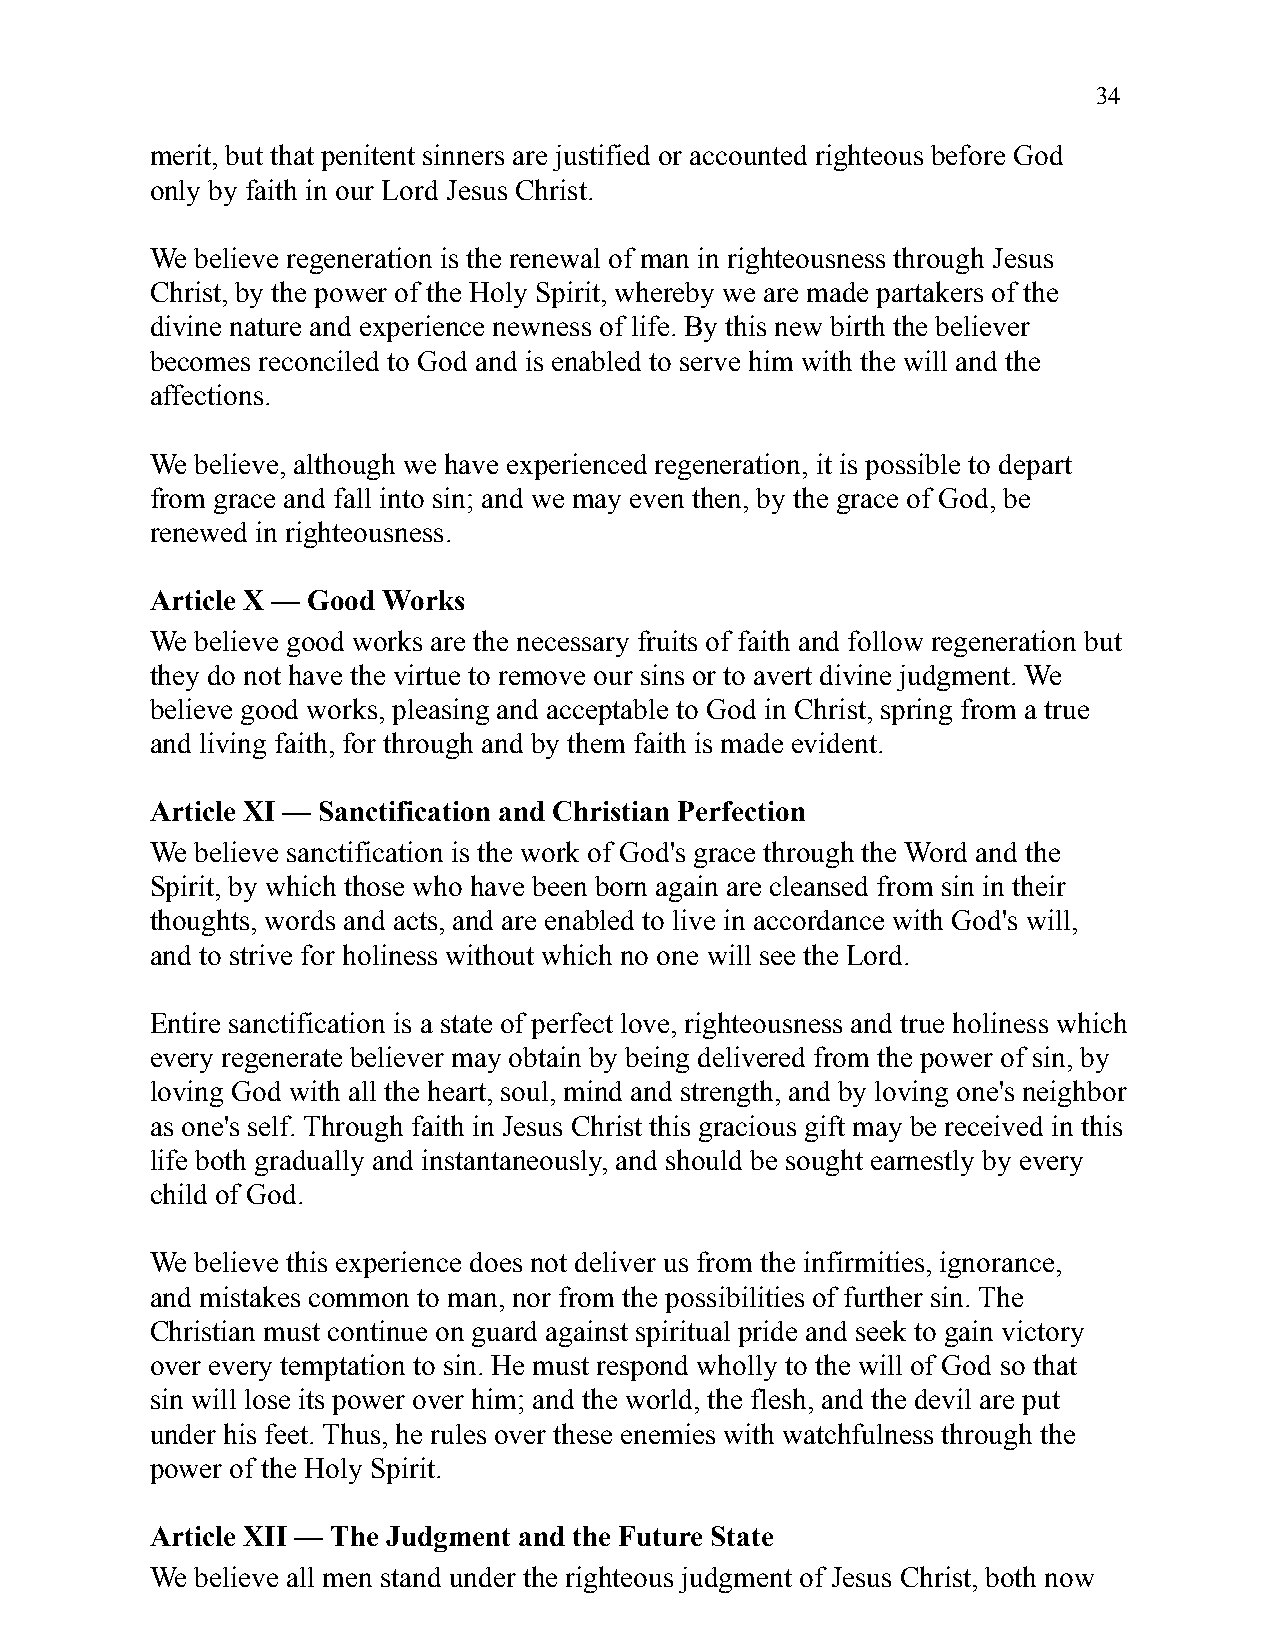
34
 merit, but that penitent sinners are justified or accounted righteous before God
 only by faith in our Lord Jesus Christ.
 We believe regeneration is the renewal of man in righteousness through Jesus
 Christ, by the power of the Holy Spirit, whereby we are made partakers of the
 divine nature and experience newness of life. By this new birth the believer
 becomes reconciled to God and is enabled to serve him with the will and the
 affections.
 We believe, although we have experienced regeneration, it is possible to depart
 from grace and fall into sin; and we may even then, by the grace of God, be
 renewed in righteousness.
 Article X — Good Works
 We believe good works are the necessary fruits of faith and follow regeneration but
 they do not have the virtue to remove our sins or to avert divine judgment. We
 believe good works, pleasing and acceptable to God in Christ, spring from a true
 and living faith, for through and by them faith is made evident.
 Article XI — Sanctification and Christian Perfection
 We believe sanctification is the work of God's grace through the Word and the
 Spirit, by which those who have been born again are cleansed from sin in their
 thoughts, words and acts, and are enabled to live in accordance with God's will,
 and to strive for holiness without which no one will see the Lord.
 Entire sanctification is a state of perfect love, righteousness and true holiness which
 every regenerate believer may obtain by being delivered from the power of sin, by
 loving God with all the heart, soul, mind and strength, and by loving one's neighbor
 as one's self. Through faith in Jesus Christ this gracious gift may be received in this
 life both gradually and instantaneously, and should be sought earnestly by every
 child of God.
 We believe this experience does not deliver us from the infirmities, ignorance,
 and mistakes common to man, nor from the possibilities of further sin. The
 Christian must continue on guard against spiritual pride and seek to gain victory
 over every temptation to sin. He must respond wholly to the will of God so that
 sin will lose its power over him; and the world, the flesh, and the devil are put
 under his feet. Thus, he rules over these enemies with watchfulness through the
 power of the Holy Spirit.
 Article XII — The Judgment and the Future State
 We believe all men stand under the righteous judgment of Jesus Christ, both now